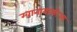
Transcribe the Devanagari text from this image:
ग्वानाबाकोआ